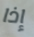
إذا